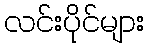
လင်းပိုင်များ